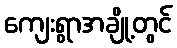
ကျေးရွာအချို့တွင်